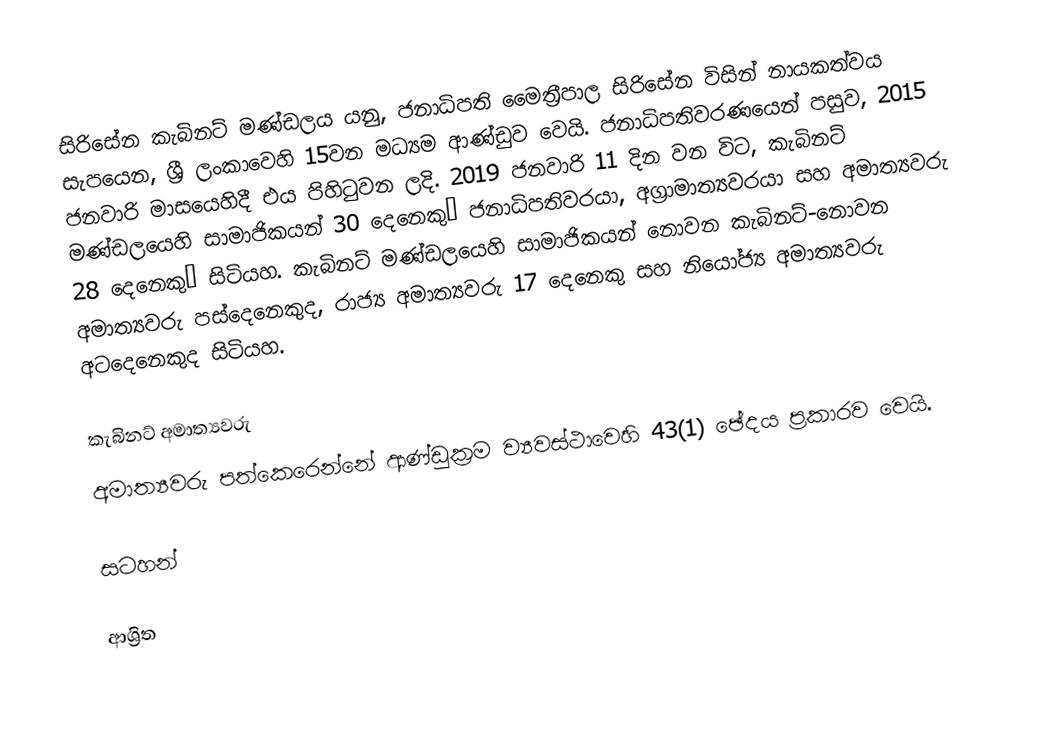
සිරිසේන කැබිනට් මණ්ඩලය යනු, ජනාධිපති මෛත්‍රීපාල සිරිසේන විසින් නායකත්වය සැපයෙන, ශ්‍රී ලංකාවෙහි  15වන මධ්‍යම ආණ්ඩුව  වෙයි. ජනාධිපතිවරණයෙන් පසුව, 2015 ජනවාරි මාසයෙහිදී එය පිහිටුවන ලදි. 2019 ජනවාරි 11 දින වන විට,  කැබිනට් මණ්ඩලයෙහි සාමාජිකයන් 30 දෙනෙකු– ජනාධිපතිවරයා, අග්‍රාමාත්‍යවරයා සහ අමාත්‍යවරු 28 දෙනෙකු– සිටියහ. කැබිනට් මණ්ඩලයෙහි සාමාජිකයන් නොවන කැබිනට්-නොවන අමාත්‍යවරු පස්දෙනෙකුද, රාජ්‍ය අමාත්‍යවරු 17 දෙනෙකු සහ නියෝජ්‍ය අමාත්‍යවරු අටදෙනෙකුද සිටියහ.

කැබිනට් අමාත්‍යවරු
අමාත්‍යවරු පත්කෙරෙන්නේ ආණ්ඩුක්‍රම ව්‍යවස්ථාවෙහි 43(1) ඡේදය ප්‍රකාරව වෙයි.

සටහන්

ආශ්‍රිත